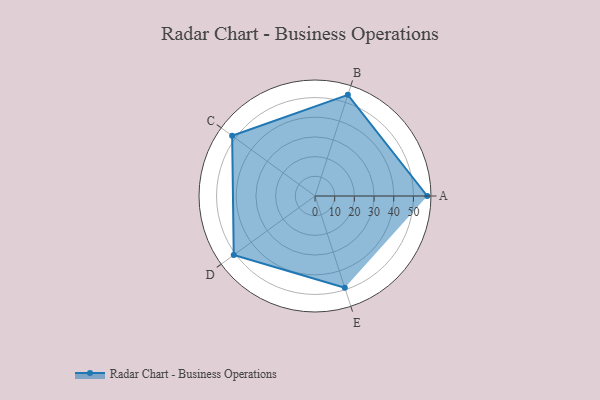
{"axis": {"x": "Skill", "y": "Score"}, "legend": ["Profile"], "data": [{"x": "A", "y": 57.0, "type": "Profile"}, {"x": "B", "y": 54.0, "type": "Profile"}, {"x": "C", "y": 52.0, "type": "Profile"}, {"x": "D", "y": 51.0, "type": "Profile"}, {"x": "E", "y": 49.0, "type": "Profile"}]}